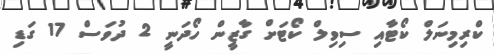
ކްރިމިނަލް ކޯޓާއި ސިވިލް ކޯޓަށް ގާޒީން ހޯދަނީ 2 ދުވަސް 17 ގަޑި